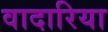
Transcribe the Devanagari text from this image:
वादारिया